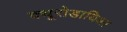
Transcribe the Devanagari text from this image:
क्यूरोडायिआ